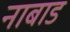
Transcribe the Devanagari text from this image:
नाबाड